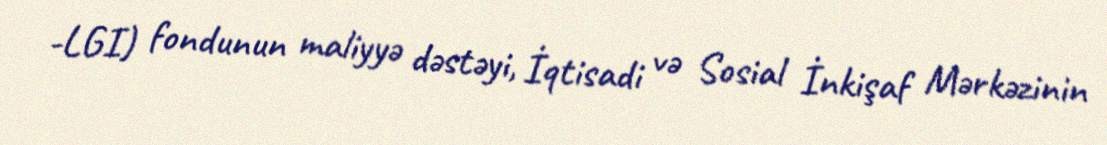
-LGI) fondunun maliyyə dəstəyi, İqtisadi və Sosial İnkişaf Mərkəzinin